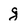
Character: g